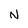
Character: N